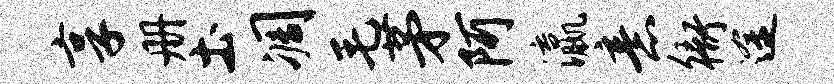
享册土凋毛茅阿瀛意衙途